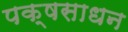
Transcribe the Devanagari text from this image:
पक्षसाधन